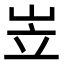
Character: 岦